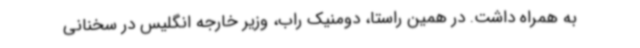
به همراه داشت. در همین راستا، دومنیک راب، وزیر خارجه انگلیس در سخنانی